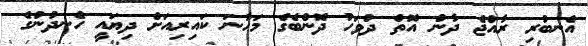
އެނބުރި ރާއްޖެ ދާން އޮތް ދުވަހު ދޮންބެގެ މަހާނަ ކައިރިއަށް ދިޔައީ ހެނދުނުގެ